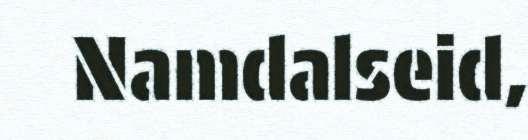
Namdalseid,